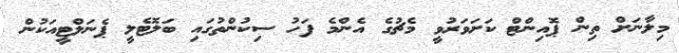
މިލާނަށް ތިން ޕޮއިންޓް ކަށަވަރުވީ މެޗުގެ އެންމެ ފަހު ސިކުންތުގައި ބަލޮޓެލީ ޕެނަލްޓީއަކުން